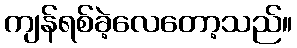
ကျန်ရစ်ခဲ့လေတော့သည်။